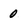
Character: 0